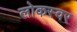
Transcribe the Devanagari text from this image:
लोकस्वर